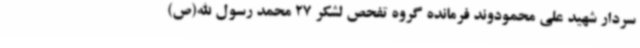
سردار شهید علی محمودوند فرمانده گروه تفحص لشکر 27 محمد رسول الله(ص)